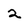
Character: 2